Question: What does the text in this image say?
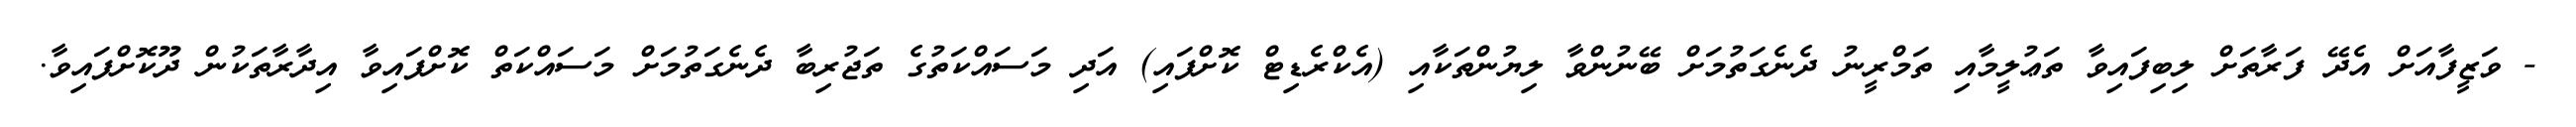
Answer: - ވަޒީފާއަށް އެދޭ ފަރާތަށް ލިބިފައިވާ ތަޢުލީމާއި ތަމްރީނު ދެނެގަތުމަށް ބޭނުންވާ ލިޔުންތަކާއި (އެކްރެޑިޓް ކޮށްފައި) އަދި މަސައްކަތުގެ ތަޖުރިބާ ދެނެގަތުމަށް މަސައްކަތް ކޮށްފައިވާ އިދާރާތަކުން ދޫކޮށްފައިވާ.